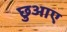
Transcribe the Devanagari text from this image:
छुआए